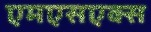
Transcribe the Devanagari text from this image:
एमएसएक्स